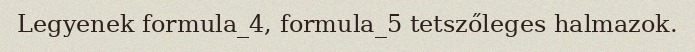
Legyenek formula_4, formula_5 tetszőleges halmazok.